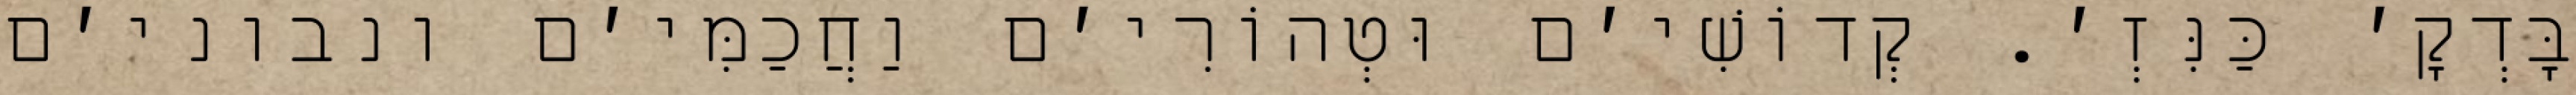
בָּדְקָ׳ כַּנִּזְ׳. קְדוֹשִׁי׳ם וּטְהוֹרִי׳ם וַחֲכַמִּי׳ם ונבוני׳ם